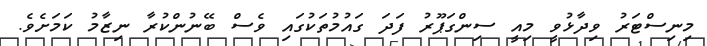
މިނިސްޓަރު ވިދާޅުވީ މިއީ ސިންގަޕޫރު ފަދަ ގައުމުތަކުގައި ވެސް ބޭނުންކުރާ ނިޒާމު ކަމަށެވެ.